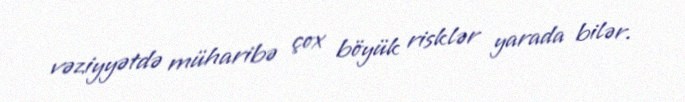
vəziyyətdə müharibə çox böyük risklər yarada bilər.